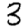
Digit: 3